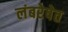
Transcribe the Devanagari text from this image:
लंबरेषेत